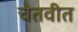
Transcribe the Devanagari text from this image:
चेतवीत